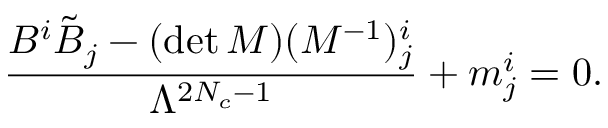
\frac { B ^ { i } \tilde { B } _ { { j } } - ( \operatorname * { d e t } M ) ( M ^ { - 1 } ) _ { { j } } ^ { i } } { \Lambda ^ { 2 N _ { c } - 1 } } + m _ { j } ^ { i } = 0 .